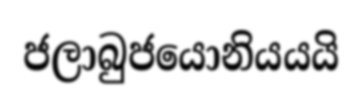
ජලාබුජයොනියයයි